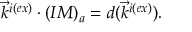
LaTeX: \vec { k } ^ { i ( e x ) } \cdot ( I M ) _ { a } = d ( \vec { k } ^ { i ( e x ) } ) .